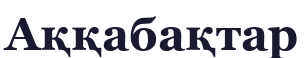
Аққабақтар